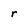
Character: r